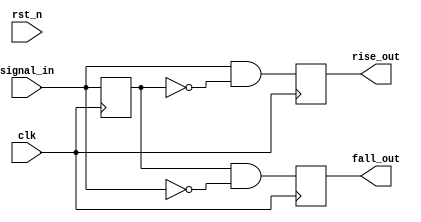
module edge_detector(
							clk,
							rst_n,
							signal_in,
							rise_out,
							fall_out
						);
					
input						clk;
input						rst_n;
input						signal_in;
output		reg		rise_out;
output		reg		fall_out;

reg						signal_dld;

always @ (posedge clk )
begin
	signal_dld <= signal_in;
end
always @ (posedge clk )
begin
	fall_out = signal_dld & !signal_in;
	rise_out = signal_in & !signal_dld;
end

endmodule